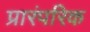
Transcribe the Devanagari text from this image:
प्रारंपरिक